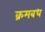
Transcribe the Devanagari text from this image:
क्रमबध